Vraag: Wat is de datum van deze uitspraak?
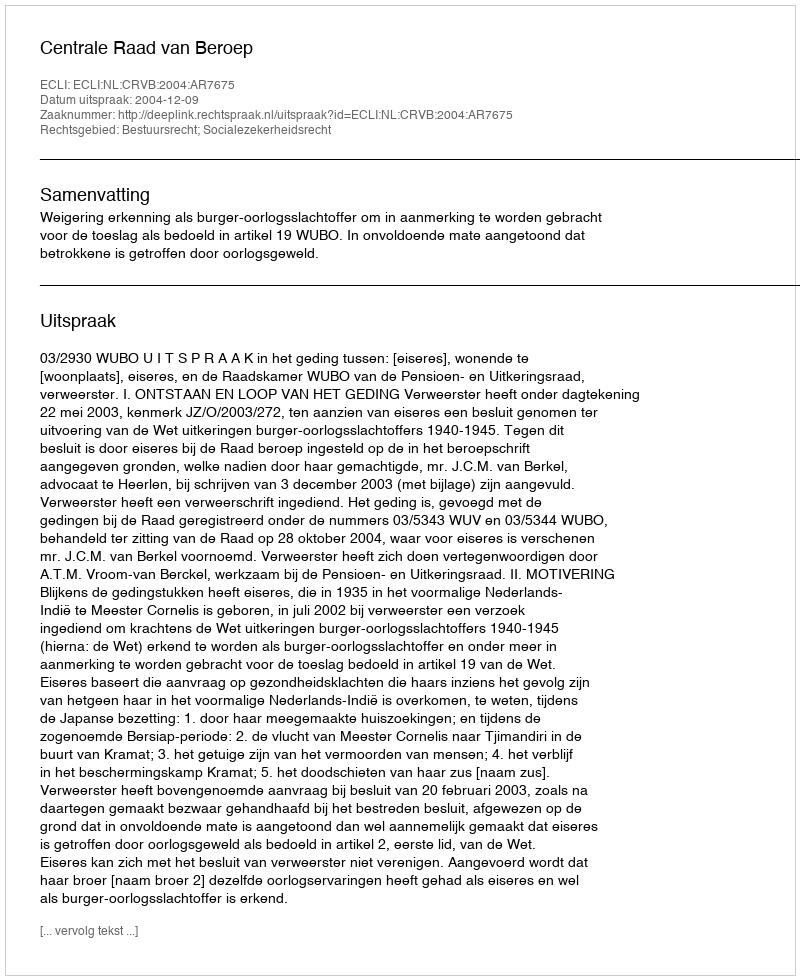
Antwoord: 2004-12-09